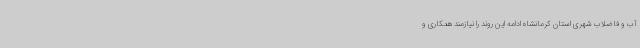
آب و فاضلاب شهری استان کرمانشاه ادامه این روند را نیازمند همکاری و